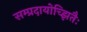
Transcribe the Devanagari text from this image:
सम्प्रदायोच्झितैः